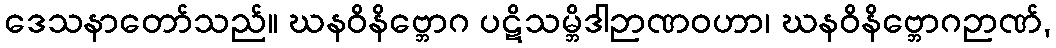
ဒေသနာတော်သည်။ ဃနဝိနိဗ္ဘောဂ ပဋိသမ္ဘိဒါဉာဏဝဟာ၊ ဃနဝိနိဗ္ဘောဂဉာဏ်,